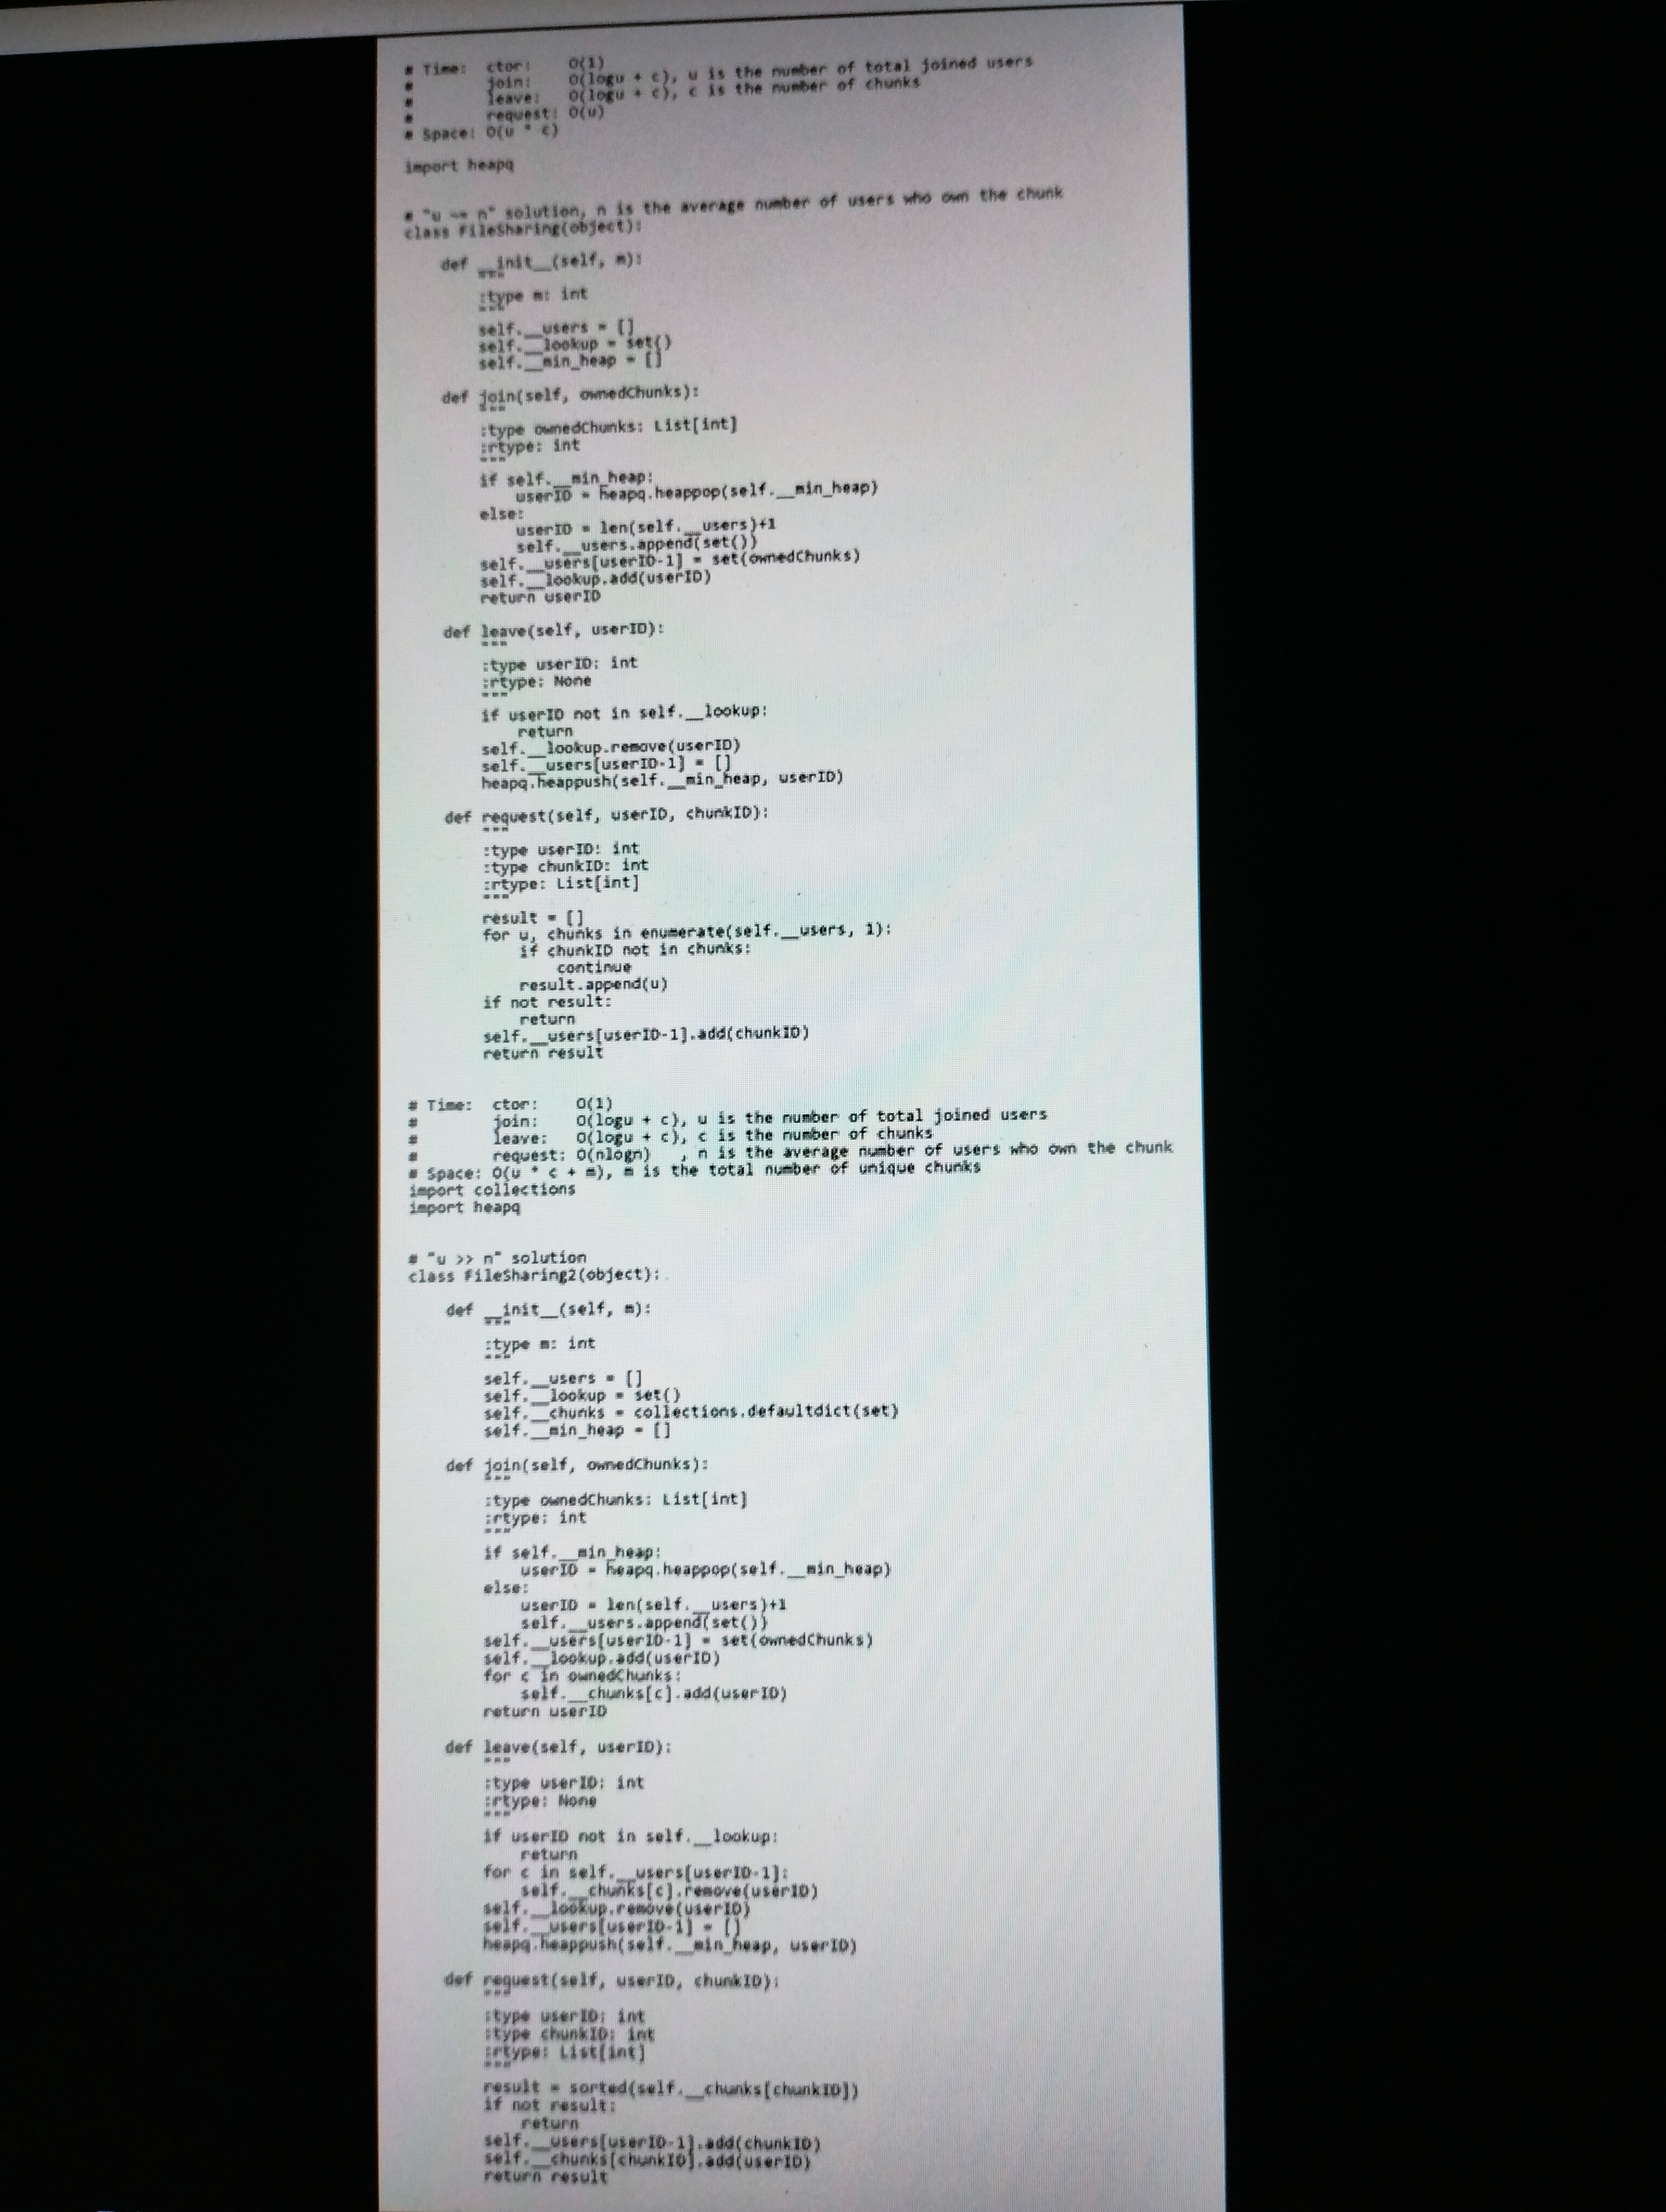
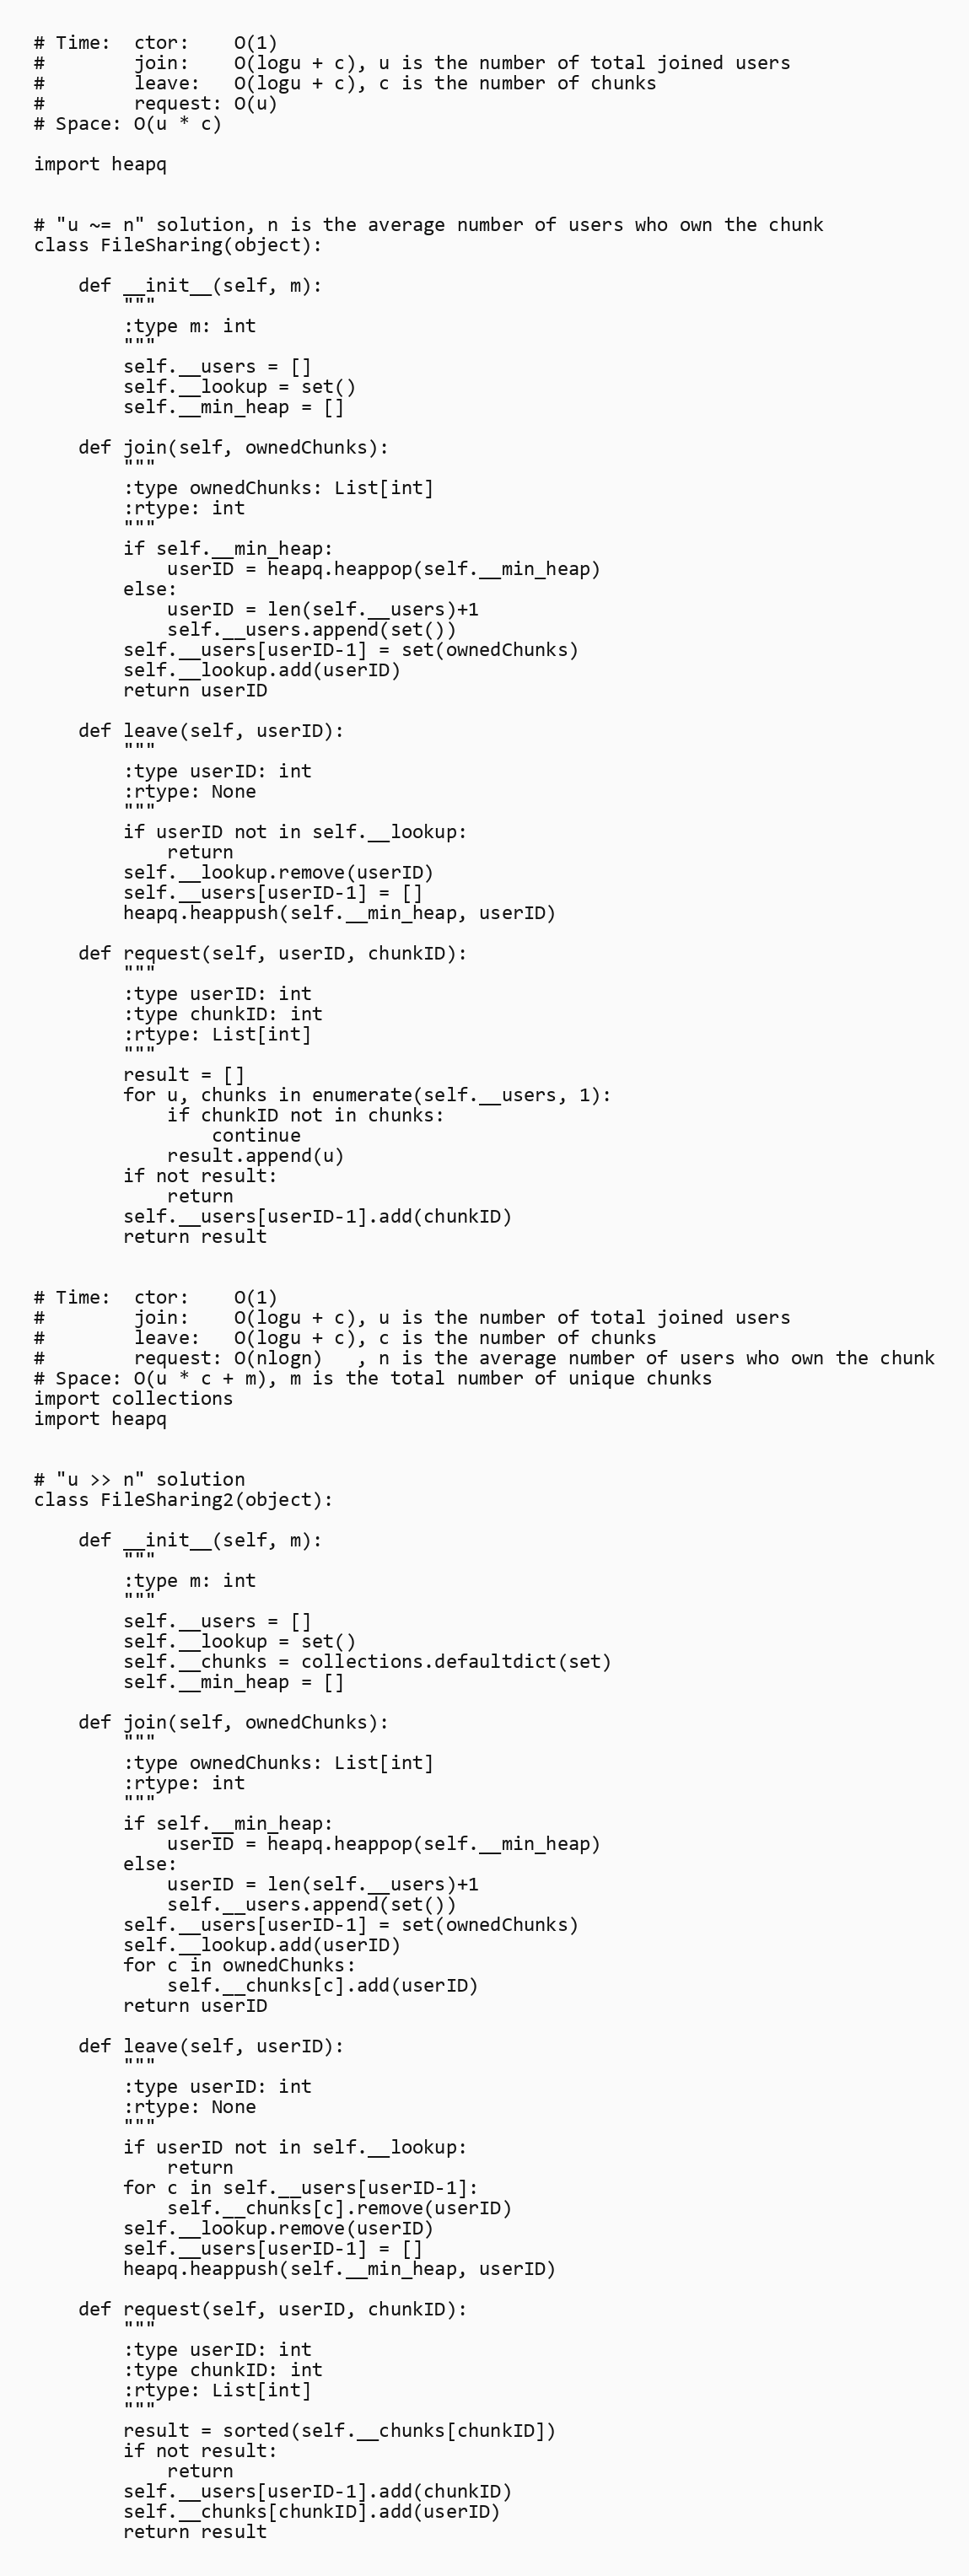
# Time:  ctor:    O(1)
#        join:    O(logu + c), u is the number of total joined users
#        leave:   O(logu + c), c is the number of chunks
#        request: O(u)
# Space: O(u * c)

import heapq

# "u ~= n" solution, n is the average number of users who own the chunk
class FileSharing(object):

    def __init__(self, m):
        """
        :type m: int
        """
        self.__users = []
        self.__lookup = set()
        self.__min_heap = []

    def join(self, ownedChunks):
        """
        :type ownedChunks: List[int]
        :rtype: int
        """
        if self.__min_heap:
            userID = heapq.heappop(self.__min_heap)
        else:
            userID = len(self.__users)+1
            self.__users.append(set())
        self.__users[userID-1] = set(ownedChunks)
        self.__lookup.add(userID)
        return userID

    def leave(self, userID):
        """
        :type userID: int
        :rtype: None
        """
        if userID not in self.__lookup:
            return
        self.__lookup.remove(userID)
        self.__users[userID-1] = []
        heapq.heappush(self.__min_heap, userID)

    def request(self, userID, chunkID):
        """
        :type userID: int
        :type chunkID: int
        :rtype: List[int]
        """
        result = []
        for u, chunks in enumerate(self.__users, 1):
            if chunkID not in chunks:
                continue
            result.append(u)
        if not result:
            return
        self.__users[userID-1].add(chunkID)
        return result

# Time:  ctor:    O(1)
#        join:    O(logu + c), u is the number of total joined users
#        leave:   O(logu + c), c is the number of chunks
#        request: O(nlogn)   , n is the average number of users who own the chunk
# Space: O(u * c + m), m is the total number of unique chunks
import collections
import heapq

# "u >> n" solution
class FileSharing2(object):

    def __init__(self, m):
        """
        :type m: int
        """
        self.__users = []
        self.__lookup = set()
        self.__chunks = collections.defaultdict(set)
        self.__min_heap = []

    def join(self, ownedChunks):
        """
        :type ownedChunks: List[int]
        :rtype: int
        """
        if self.__min_heap:
            userID = heapq.heappop(self.__min_heap)
        else:
            userID = len(self.__users)+1
            self.__users.append(set())
        self.__users[userID-1] = set(ownedChunks)
        self.__lookup.add(userID)
        for c in ownedChunks:
            self.__chunks[c].add(userID)
        return userID

    def leave(self, userID):
        """
        :type userID: int
        :rtype: None
        """
        if userID not in self.__lookup:
            return
        for c in self.__users[userID-1]:
            self.__chunks[c].remove(userID)
        self.__lookup.remove(userID)
        self.__users[userID-1] = []
        heapq.heappush(self.__min_heap, userID)

    def request(self, userID, chunkID):
        """
        :type userID: int
        :type chunkID: int
        :rtype: List[int]
        """
        result = sorted(self.__chunks[chunkID])
        if not result:
            return
        self.__users[userID-1].add(chunkID)
        self.__chunks[chunkID].add(userID)
        return result